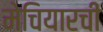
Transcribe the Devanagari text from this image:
मेचियारची